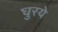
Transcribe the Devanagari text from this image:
घुरये